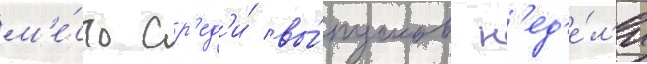
м'е́сто ср'ед'и́ вы́пусков н'ед'е́л'и